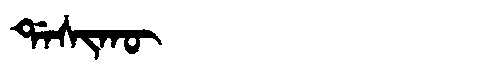
Manchu: ᡩᠠᠰᡳᡴᡡ
Romanization: DASIKŪ